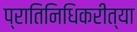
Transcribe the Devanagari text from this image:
प्रातिनिधिकरीत्या